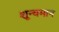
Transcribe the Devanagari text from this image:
शून्यमान